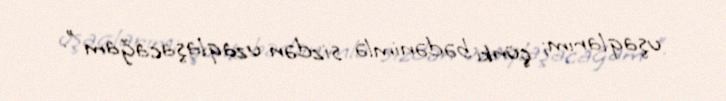
uşaqlarım; çünki bədənimlə sizdən uzaqlaşacağam ".